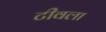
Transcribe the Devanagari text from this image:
टीवला